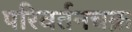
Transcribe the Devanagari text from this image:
परिवर्तनचक्र